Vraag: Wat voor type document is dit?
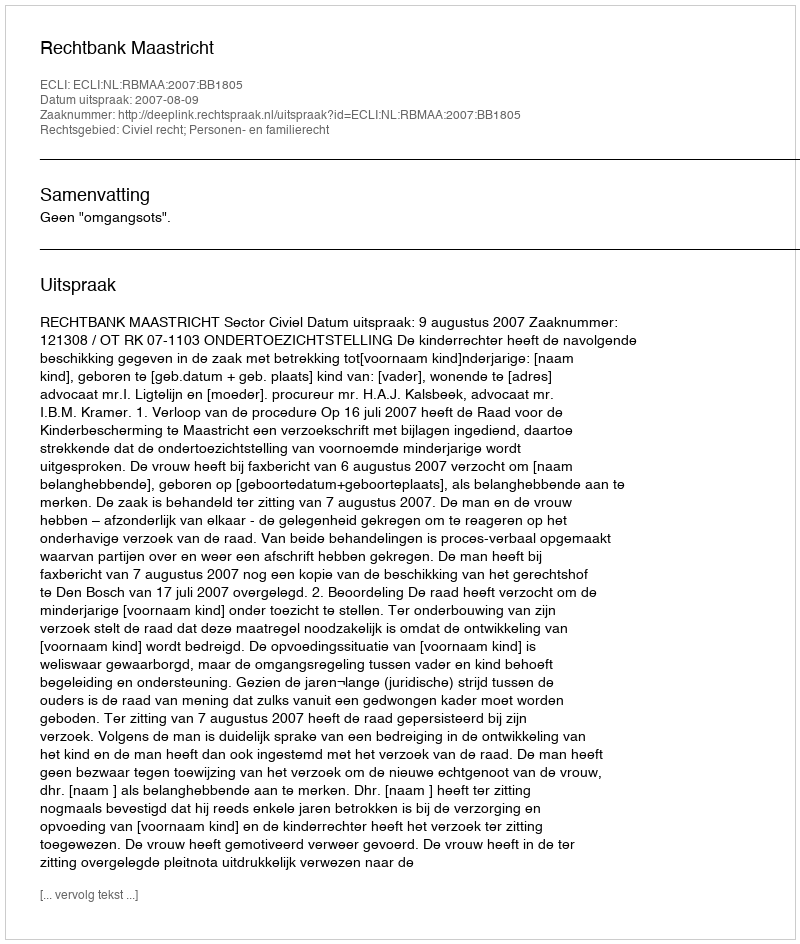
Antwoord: Uitspraak